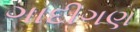
ગાદીગણ